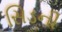
સિડની